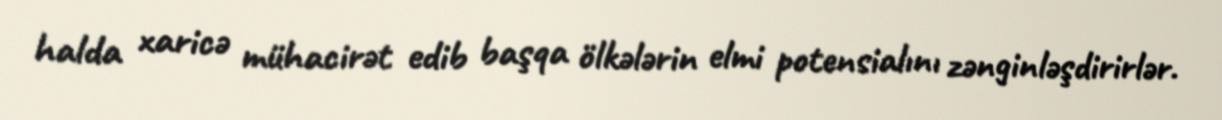
halda xaricə mühacirət edib başqa ölkələrin elmi potensialını zənginləşdirirlər.